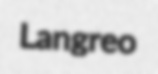
Langreo